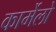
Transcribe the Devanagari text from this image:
कार्मेलो